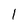
Character: 1